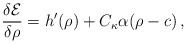
\begin{align*} \frac{\delta \mathcal{E}}{\delta \rho} = h'(\rho) + C_\kappa\alpha( \rho - c)\, ,\end{align*}